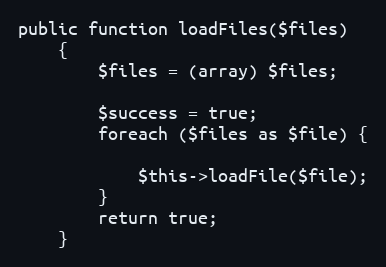
Language: PHP
public function loadFiles($files)
    {
        $files = (array) $files;

        $success = true;
        foreach ($files as $file) {

            $this->loadFile($file);
        }
        return true;
    }